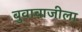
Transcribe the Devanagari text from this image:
बुवाबाजीला